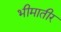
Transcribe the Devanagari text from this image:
भीमातीर